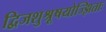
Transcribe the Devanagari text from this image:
द्विजशुश्रूषयोज्झिताः